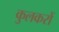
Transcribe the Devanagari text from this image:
कुलकरों